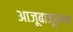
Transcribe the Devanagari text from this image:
आजूबाजूलाच